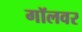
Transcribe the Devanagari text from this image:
गॉलवर